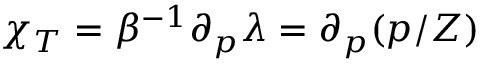
\chi _ { T } = \beta ^ { - 1 } \partial _ { p } \lambda = \partial _ { p } ( p / Z )